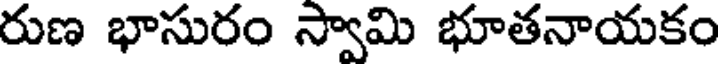
రుణ భాసురం స్వామి భూతనాయకం